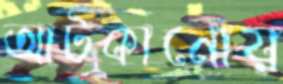
আটকানোয়